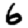
Digit: 6